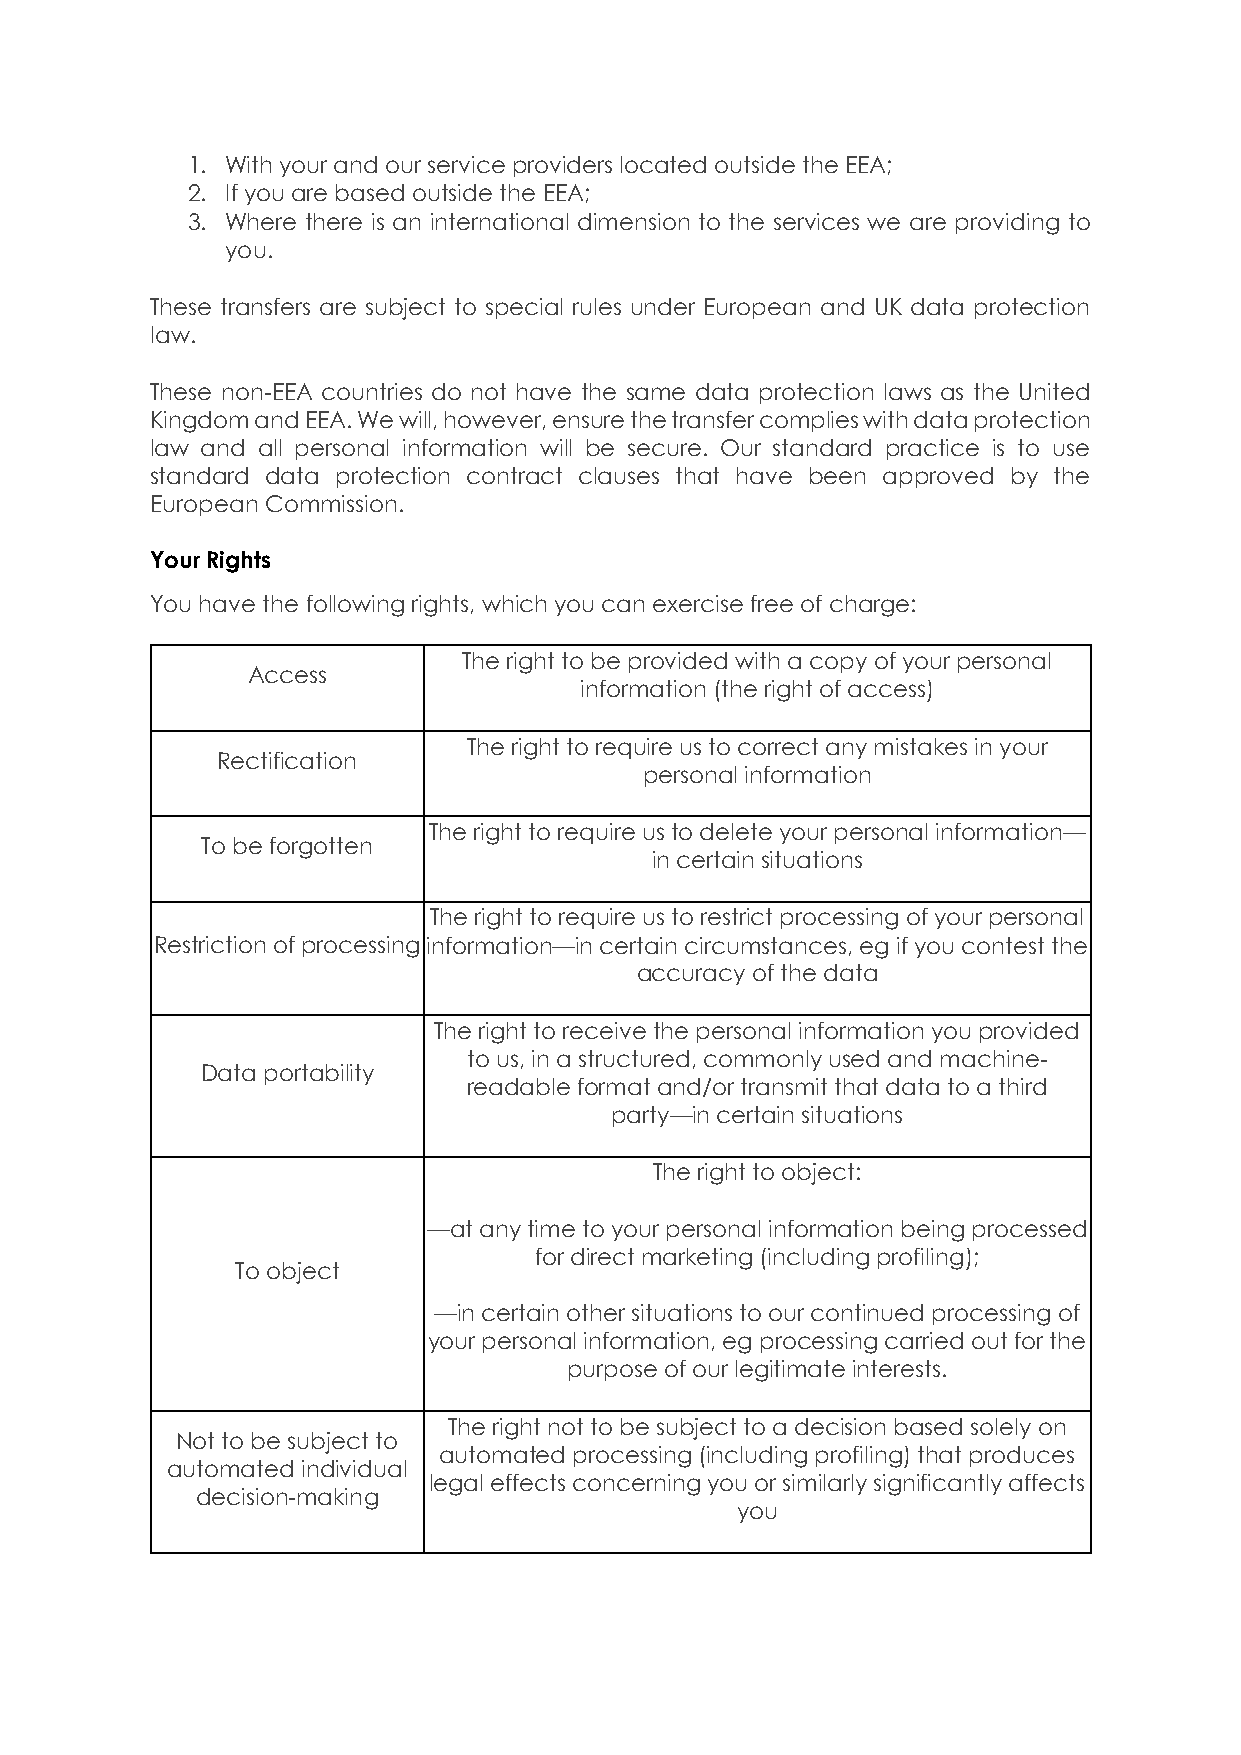
1. With your and our service providers located outside the EEA;
 2. If you are based outside the EEA;
 3. Where there is an international dimension to the services we are providing to
 you.
 These transfers are subject to special rules under European and UK data protection
 law.
 These non-EEA countries do not have the same data protection laws as the United
 Kingdom and EEA. We will, however, ensure the transfer complies with data protection
 law and all personal information will be secure. Our standard practice is to use
 standard data protection contract clauses that have been approved by the
 European Commission.
 Your Rights
 You have the following rights, which you can exercise free of charge:
 The right to be provided with a copy of your personal
 Access
 information (the right of access)
 The right to require us to correct any mistakes in your
 Rectification
 personal information
 The right to require us to delete your personal information—
 To be forgotten
 in certain situations
 The right to require us to restrict processing of your personal
 Restriction of processing information—in certain circumstances, eg if you contest the
 accuracy of the data
 The right to receive the personal information you provided
 to us, in a structured, commonly used and machine-
 Data portability
 readable format and/or transmit that data to a third
 party—in certain situations
 The right to object:
 —at any time to your personal information being processed
 for direct marketing (including profiling);
 To object
 —in certain other situations to our continued processing of
 your personal information, eg processing carried out for the
 purpose of our legitimate interests.
 The right not to be subject to a decision based solely on
 Not to be subject to
 automated processing (including profiling) that produces
 automated individual
 legal effects concerning you or similarly significantly affects
 decision-making
 you